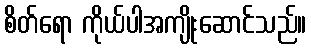
စိတ်ရော ကိုယ်ပါအကျိုးဆောင်သည်။